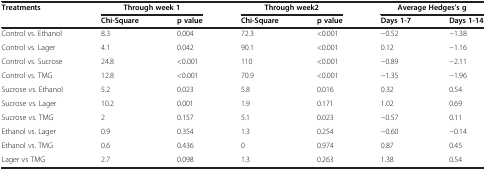
<table><thead><tr><td><b>Treatments</b></td><td colspan="2"><b>Through week 1</b></td><td colspan="2"><b>Through week2</b></td><td colspan="2"><b>Average Hedges’s g</b></td></tr><tr><td><b> </b></td><td><b>Chi-Square</b></td><td><b>p value</b></td><td><b>Chi-Square</b></td><td><b>p value</b></td><td><b>Days 1-7</b></td><td><b>Days 1-14</b></td></tr></thead><tbody><tr><td>Control vs. Ethanol</td><td>8.3</td><td>0.004</td><td>72.3</td><td>&lt;0.001</td><td>-0.52</td><td>-1.38</td></tr><tr><td>Control vs. Lager</td><td>4.1</td><td>0.042</td><td>90.1</td><td>&lt;0.001</td><td>0.12</td><td>-1.16</td></tr><tr><td>Control vs. Sucrose</td><td>24.8</td><td>&lt;0.001</td><td>110</td><td>&lt;0.001</td><td>-0.89</td><td>-2.11</td></tr><tr><td>Control vs. TMG</td><td>12.8</td><td>&lt;0.001</td><td>70.9</td><td>&lt;0.001</td><td>-1.35</td><td>-1.96</td></tr><tr><td>Sucrose vs. Ethanol</td><td>5.2</td><td>0.023</td><td>5.8</td><td>0.016</td><td>0.32</td><td>0.54</td></tr><tr><td>Sucrose vs. Lager</td><td>10.2</td><td>0.001</td><td>1.9</td><td>0.171</td><td>1.02</td><td>0.69</td></tr><tr><td>Sucrose vs. TMG</td><td>2</td><td>0.157</td><td>5.1</td><td>0.023</td><td>-0.57</td><td>0.11</td></tr><tr><td>Ethanol vs. Lager</td><td>0.9</td><td>0.354</td><td>1.3</td><td>0.254</td><td>-0.60</td><td>-0.14</td></tr><tr><td>Ethanol vs. TMG</td><td>0.6</td><td>0.436</td><td>0</td><td>0.974</td><td>0.87</td><td>0.45</td></tr><tr><td>Lager vs TMG</td><td>2.7</td><td>0.098</td><td>1.3</td><td>0.263</td><td>1.38</td><td>0.54</td></tr></tbody></table>